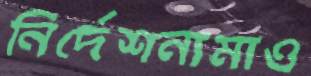
নির্দেশনামাও